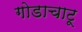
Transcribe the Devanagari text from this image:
गोडाचाटू